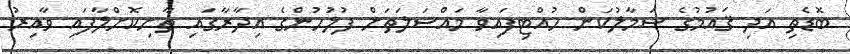
ބޮޑެތި އަދި ޤައުމުގެ ސަމާލުކަން ހުއްޓިފައިވާ މައްސަލަތަށް ފުލުހުންގެ އިދާރާގައި ތާށިކޮށްލާފައި ވާއިރު